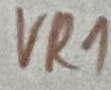
Text: VR1